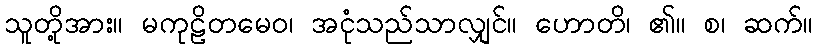
သူတို့အား။ မကုဠိတမေဝ၊ အငုံသည်သာလျှင်။ ဟောတိ၊ ၏။ စ၊ ဆက်။